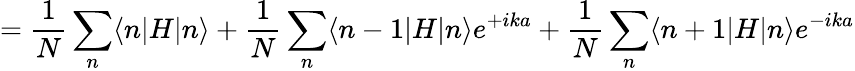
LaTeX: ={\frac{1}{N}}\sum_{n}\langle n|H|n\rangle+{\frac{1}{N}}\sum_{n}\langle n-1|H|n\rangle e^{+ika}+{\frac{1}{N}}\sum_{n}\langle n+1|H|n\rangle e^{-ika}